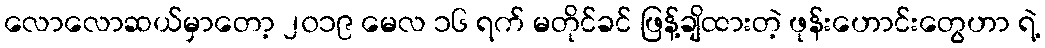
လောလောဆယ်မှာတော့ ၂၀၁၉ မေလ ၁၆ ရက် မတိုင်ခင် ဖြန့်ချိထားတဲ့ ဖုန်းဟောင်းတွေဟာ ရဲ့